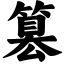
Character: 篡